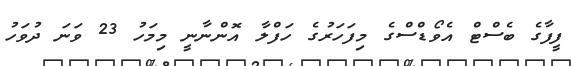
ފީފާގެ ބެސްޓް އެވޯޑްސްގެ މިފަހަރުގެ ހަފްލާ އޮންނާނީ މިމަހު 23 ވަނަ ދުވަހު